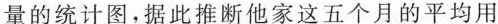
量的统计图，据此推断他家这五个月的平均用